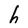
Character: h